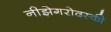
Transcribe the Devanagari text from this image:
नीझेगरोदस्की